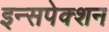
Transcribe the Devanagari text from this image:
इन्सपेक्शन